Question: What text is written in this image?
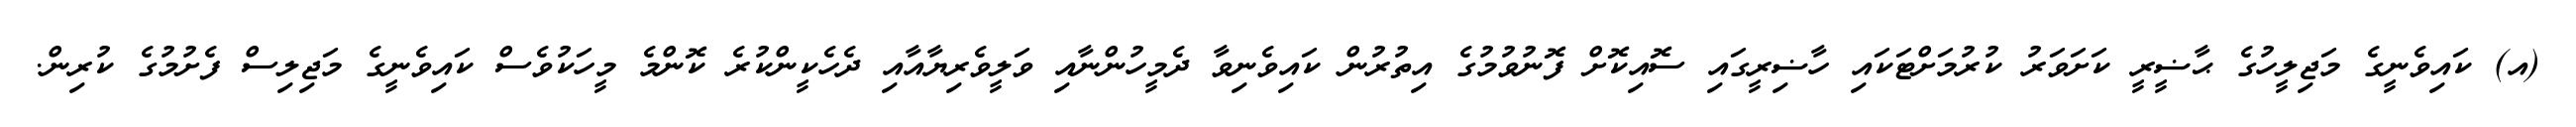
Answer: (އ) ކައިވެނީގެ މަޖިލީހުގެ ޙާޟީރީ ކަށަވަރު ކުރުމަށްޓަކައި ހާޟިރީގައި ސޮއިކޮށް ފޮނުވުމުގެ އިތުރުން ކައިވެނިވާ ދެމީހުންނާއި ވަލީވެރިޔާއާއި ދެހެކީންކުރެ ކޮންމެ މީހަކުވެސް ކައިވެނީގެ މަޖިލިސް ފެށުމުގެ ކުރިން.